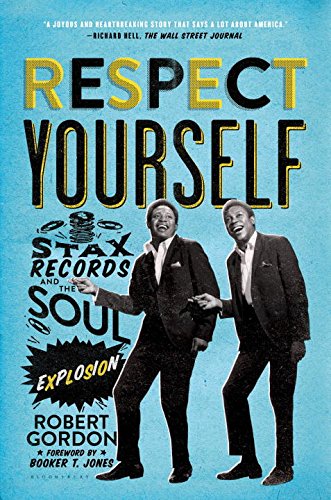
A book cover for Respect Yourself: Stax Records and the Soul Explosion; Robert Gordon; Business & Money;